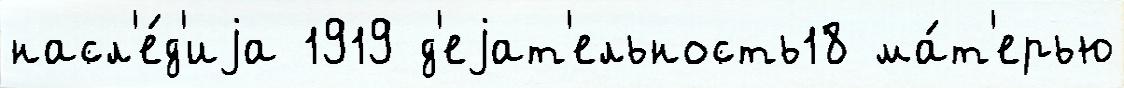
насл'е́д'иjа 1919 д'еjат'ельность18 ма́т'ерью